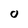
Character: O